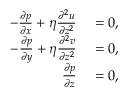
\begin{array} { r l } { - \frac { \partial p } { \partial x } + \eta \frac { \partial ^ { 2 } u } { \partial z ^ { 2 } } } & { { } = 0 , } \\ { - \frac { \partial p } { \partial y } + \eta \frac { \partial ^ { 2 } v } { \partial z ^ { 2 } } } & { { } = 0 , } \\ { \frac { \partial p } { \partial z } } & { { } = 0 , } \end{array}